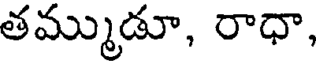
తమ్ముడూ, రాధా,